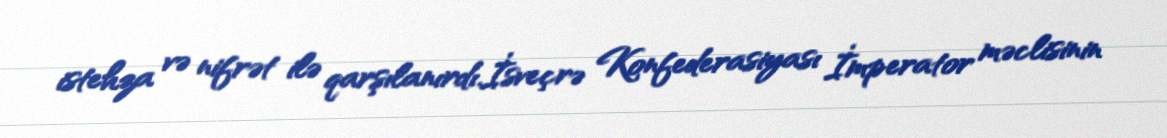
istehza və nifrət ilə qarşılanırdı.İsveçrə Konfederasiyası İmperator məclisinin